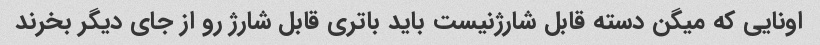
اونایی که میگن دسته قابل شارژنیست باید باتری قابل شارژ رو از جای دیگر بخرند